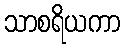
သာစရိယကာ